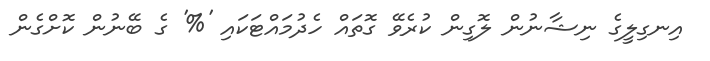
އިނގިލީގެ ނިޝާނުން ލޮގިން ކުރެވޭ ގޮތައް ހެދުމައްޓަކައި '%' ގެ ބޭނުން ކޮށްގެން